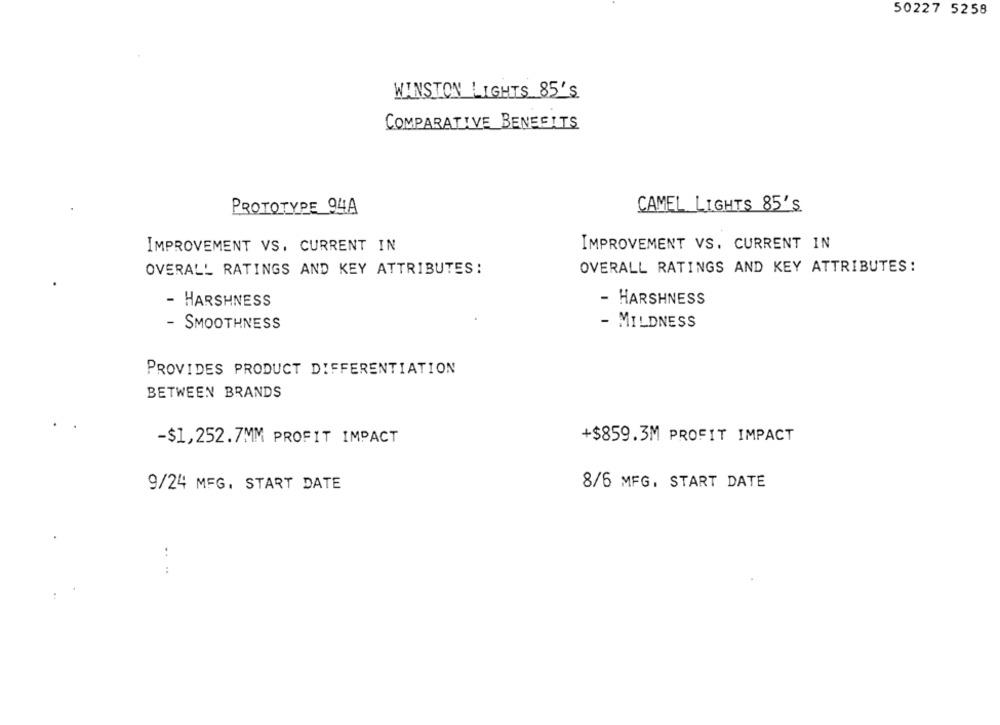
50227 5258
WINSTON LIGHTS 85'S
COMPARATIVE BENEFITS
PROTOTYPE 94A
CAMEL LIGHTS 85'S
IMPROVEMENT VS. CURRENT IN
IMPROVEMENT VS. CURRENT IN
OVERALL RATINGS AND KEY ATTRIBUTES:
OVERALL RATINGS AND KEY ATTRIBUTES:
- HARSHNESS
- HARSHNESS
SMOOTHNESS
- MILDNESS
PROVIDES PRODUCT DIFFERENTIATION
BETWEEN BRANDS
-$1,252.7MM PROFIT IMPACT
+$859.3M PROFIT IMPACT
8/6 MFG. START DATE
9/24 MFG. START DATE
:
: